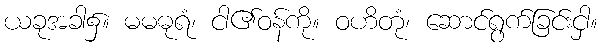
ယခုအခါ၌။ မမဓုရံ၊ ငါ၏ဝန်ကို။ ဝဟိတုံ၊ ဆောင်ရွက်ခြင်းငှါ။